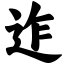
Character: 迮